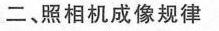
二、照相机成像规律